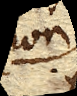
non